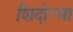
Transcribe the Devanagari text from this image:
शिदोऱ्या